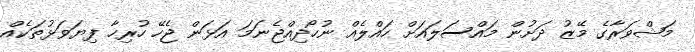
މަޝްވަރާގެ މޭޒު ދަށުން މައްސަލައަށް ހައްލެއް ނުހޯދިއްޖެނަމަ އަޅަން ޖެހޭ ހުރިހާ ފިޔަވަޅުތަކެއް